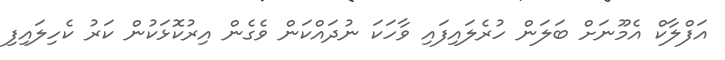
އަފްލާކް އެމޫނަށް ބަލަން ހުރެލައިފައި ވާހަކަ ނުދައްކަން ވެގެން އިރުކޮޅަކުން ކަރު ކެހިލައިފި